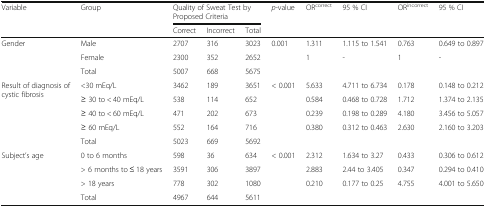
<table><thead><tr><td rowspan="2"><b>Variable</b></td><td rowspan="2"><b>Group</b></td><td colspan="3"><b>Quality of Sweat Test by Proposed Criteria</b></td><td rowspan="2"><b><i>p</i>-value</b></td><td rowspan="2"><b>OR<sup>correct</sup></b></td><td rowspan="2"><b>95 % CI</b></td><td rowspan="2"><b>OR<sup>incorrect</sup></b></td><td rowspan="2"><b>95 % CI</b></td></tr><tr><td><b>Correct</b></td><td><b>Incorrect</b></td><td><b>Total</b></td></tr></thead><tbody><tr><td rowspan="3">Gender</td><td>Male</td><td>2707</td><td>316</td><td>3023</td><td rowspan="3">0.001</td><td>1.311</td><td>1.115 to 1.541</td><td>0.763</td><td>0.649 to 0.897</td></tr><tr><td>Female</td><td>2300</td><td>352</td><td>2652</td><td>1</td><td>-</td><td>1</td><td>-</td></tr><tr><td>Total</td><td>5007</td><td>668</td><td>5675</td><td></td><td></td><td></td><td></td></tr><tr><td rowspan="5">Result of diagnosis of cystic fibrosis</td><td>&lt;30 mEq/L</td><td>3462</td><td>189</td><td>3651</td><td rowspan="5">&lt; 0.001</td><td>5.633</td><td>4.711 to 6.734</td><td>0.178</td><td>0.148 to 0.212</td></tr><tr><td>≥ 30 to &lt; 40 mEq/L</td><td>538</td><td>114</td><td>652</td><td>0.584</td><td>0.468 to 0.728</td><td>1.712</td><td>1.374 to 2.135</td></tr><tr><td>≥ 40 to &lt; 60 mEq/L</td><td>471</td><td>202</td><td>673</td><td>0.239</td><td>0.198 to 0.289</td><td>4.180</td><td>3.456 to 5.057</td></tr><tr><td>≥ 60 mEq/L</td><td>552</td><td>164</td><td>716</td><td>0.380</td><td>0.312 to 0.463</td><td>2.630</td><td>2.160 to 3.203</td></tr><tr><td>Total</td><td>5023</td><td>669</td><td>5692</td><td></td><td></td><td></td><td></td></tr><tr><td rowspan="4">Subject’s age</td><td>0 to 6 months</td><td>598</td><td>36</td><td>634</td><td rowspan="4">&lt; 0.001</td><td>2.312</td><td>1.634 to 3.27</td><td>0.433</td><td>0.306 to 0.612</td></tr><tr><td>&gt; 6 months to ≤ 18 years</td><td>3591</td><td>306</td><td>3897</td><td>2.883</td><td>2.44 to 3.405</td><td>0.347</td><td>0.294 to 0.410</td></tr><tr><td>&gt; 18 years</td><td>778</td><td>302</td><td>1080</td><td>0.210</td><td>0.177 to 0.25</td><td>4.755</td><td>4.001 to 5.650</td></tr><tr><td>Total</td><td>4967</td><td>644</td><td>5611</td><td></td><td></td><td></td><td></td></tr></tbody></table>